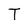
Character: T